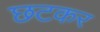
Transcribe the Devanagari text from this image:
छटकर